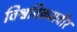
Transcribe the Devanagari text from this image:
विश्वविक्रमवीर